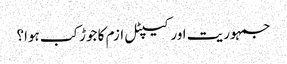
جمہوریت اور کیپٹل ازم کا جوڑ کب ہوا؟